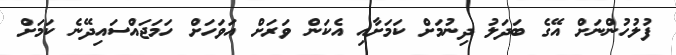
ފުލުހުންނަށް އޭގެ ބަދަލު ދިނުމަށް ކަމަށާއި އެކަން ވަރަށް އަވަހަށް ހަމަޖައްސައިދޭނެ ކަމަށް